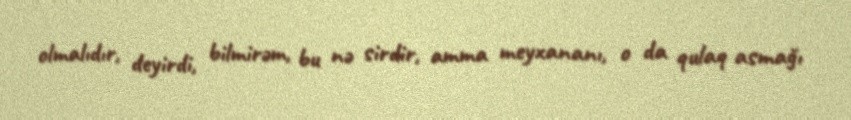
olmalıdır, deyirdi, bilmirəm, bu nə sirdir, amma meyxananı, o da qulaq asmağı